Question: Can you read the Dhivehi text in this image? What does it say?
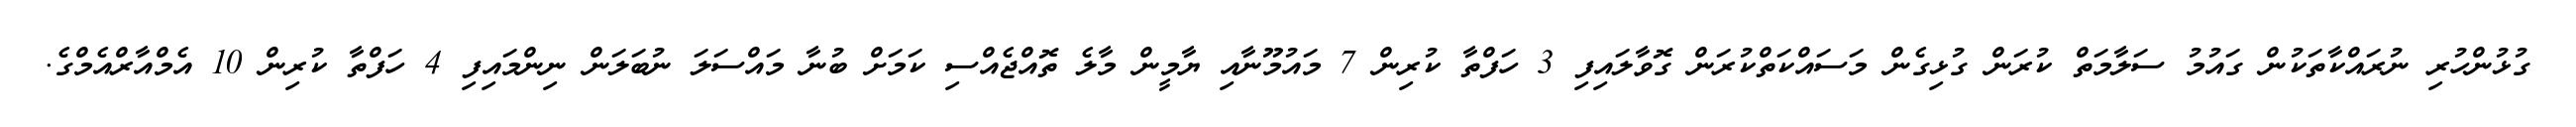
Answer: ގުޅުންހުރި ނުރައްކާތަކުން ގައުމު ސަލާމަތް ކުރަން ގުޅިގެން މަސައްކަތްކުރަން ގޮވާލައިފި 3 ހަފްތާ ކުރިން 7 މައުމޫނާއި ޔާމީން މާލެ ތޮއްޖެއްސި ކަމަށް ބުނާ މައްސަލަ ނުބަލަން ނިންމައިފި 4 ހަފްތާ ކުރިން 10 އެމްއާރްއެމްގެ.